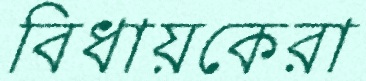
বিধায়কেরা